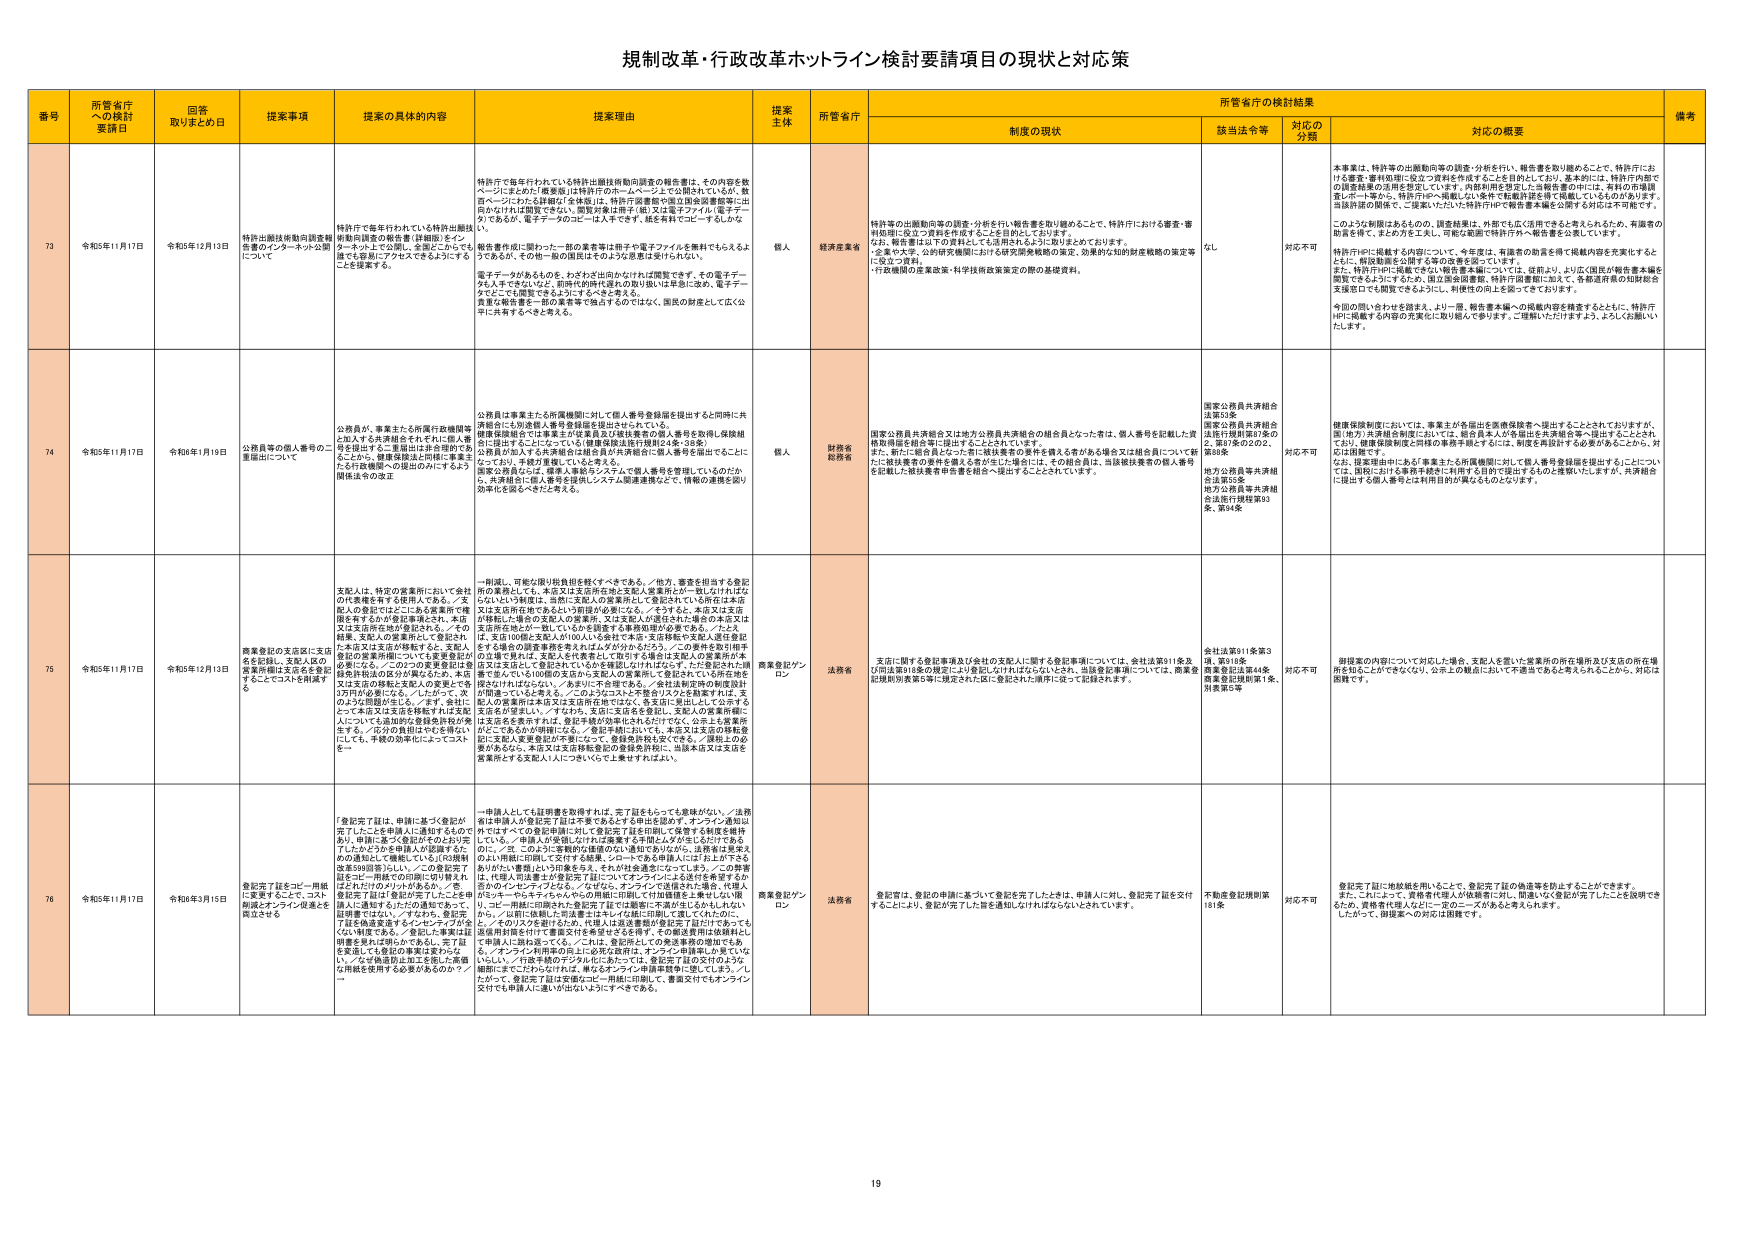
規制改革・行政改革ホットライン検討要請項目の現状と対応策

番号 所管省庁への検討要請日 回答取りまとめ日 提案事項 提案の具体的内容 提案理由 提案主体 所管省庁 所管省庁の検討結果 備考
制度の現状 該当法令等 対応の分類 対応の概要

73 令和5年11月17日 令和5年12月13日 特許出願技術動向調査報告書のインターネット公開について 特許庁で毎年行われている特許出願技術動向調査の報告書は、その内容を数ページにまとめた「概要版」は特許庁ホームページ上で公開されているが、数百ページにわたる詳細版「全体版」は、特許庁図書館や国立国会図書館等に出版かなければ閲覧できない。閲覧対象は電子（紙）又は電子ファイル（電子データ）であるが、電子データのコピーは入手できず、紙を所有コピーするしかなく、報告書作成に関わった一部の業者等は冊子や電子ファイルを無料でもらえるようであるが、その他の一般の国民はそのような恩恵は受けられない。 電子データがあるものと、わざわざ出向かなければ閲覧できず、その電子データも入手できないなど、即時性的提供（誰もが即日使い出せる）に欠け、電子データとしての閲覧できるようにすべきである。 産業技術総合研究所の報告書を電子版だけでなく、図表の解説として紙で公表に共有するべきである。 個人 経済産業省 特許等の出願動向等の調査・分析を行い報告書を取り纏めることで、特許庁における審査・審判処理に役立つ資料を作成することを目的としております。 なお、報告書は以下の資料として活用されるように取りまとめております。 ・企業や大学、公的研究機関における研究開発戦略の策定、効果的な知的財産戦略の策定等に役立つ資料。 ・行政機関の産業政策・科学技術政策策定の際の基礎資料。 なし 対応不可 本事業は、特許等の出願動向等の調査・分析を行い、報告書を取り纏めることで、特許庁における審査・審判処理に役立つ資料を作成することを目的としており、基本的には、特許庁内部での情報共有の活用を想定しています。特許利用を想定した情報発信の中には、無料の市場調査レポート等から、特許庁HPへ掲載しない案件で転載許諾を得て掲載しているものがあります。当該内部の関係で、「ご提案いただいた特許庁HPで報告書本編を公開する対応は不可能です。 このような制度はあるものの、調査結果は、外部でも広く活用できると考えられるため、有識者の助言を得て、またの方を工夫し、可能な範囲で特許庁HPへ報告書を公開しています。 特許庁HPに掲載する内容について、今年度は、有識者の助言を得て掲載内容を充実化するとともに、解説動画を公開する等の改善を図っています。 また、特許庁HPに掲載できない報告書本編については、従前より、より広く国民が報告書本編を閲覧できるようにするため、国立国会図書館、特許庁図書館に加えて、各都道府県の知財総合支援窓口でも閲覧できるようにし、利便性の向上を図っております。 今回の問い合わせを踏まえ、より一層、報告書本編への掲載内容を精査するとともに、特許庁HPに掲載する内容の充実化に取り組んで参ります。ご理解いただけますよう、よろしくお願いいたします。

74 令和5年11月17日 令和6年1月19日 公務員等の個人番号の二重提出について 公務員が、事業主たる所属機関に対し個人番号登録届を提出すると同時に共済組合にも別途個人番号登録届を提出されている。 健康保険組合では事業主が従業員及び被扶養者の個人番号を取得し保険組合に提出するようにしている（健康保険法施行規則24条・38条）。 公務員が加入する共済組合は総務省が共済組合に個人番号を提出することに なっており、手続が重複していると考える。 国家公務員の二重提出のみに至るよう関係法令の改正 個人 財務省 総務省 国家公務員共済組合又は地方公務員共済組合の組合員となった者は、個人番号を記載した資格取得届を組合に提出することとされています。 また、新たに組合員となった際に被扶養者の要件を備える者がある場合は又は組合員について新 たに被扶養者の要件を備える者が生じた場合には、その組合員は、当該被扶養者の個人番号を記載した被扶養者申告書を組合へ提出することとなっています。 国家公務員共済組合法第3条 国家公務員共済組合 法施行規則第7条の2、第7条の2の2、 第8条 地方公務員等共済組合法第25条 地方公務員等共済組合法施行規則第93条、第94条 対応不可 健康保険制度においては、事業主が各届出を医療保険者へ提出することとされておりますが、国（地方）共済組合制度においては、組合員本人が各届出を共済組合等へ提出することとされており、健康保険制度と同様の事務手続を行うことは、制度を再設計する必要があることから、対応は困難です。 なお、健康保険にあたる事業主たる所属機関に対して個人番号登録届を提出するということについては、既知における事務手続等に利用する目的で提出するものと理解いたしますが、共済組合に提出する個人番号とは利用目的が異なるものとなります。

75 令和5年11月17日 令和5年12月13日 商業登記の支店届に支店名を記載し、支配人及び商業所権は支店名を登記することにつきも明確する 支配人は、特定の営業所において会社の代表権を有する使用人である。／支配人の登記ではどこにある営業所で権限を有するかが登記事項とされ、本店又は支店所在地が登記される。／その結果、支配人の営業所として登記され た本店又は支店が移転すると、支配人の登記の営業所欄についても変更登記が必須になる。／この2つの営業所記号登録番号検索の区別が曖昧なため、本店又は支店の移転と支配人の変更とで号 1万円が必要になる。／したがって、次のような問題が生じる。／まず、会社にとって本店又は支店を移転すれば支店 人については追加的な登録免許税が発生する。／②③の負担はやむを得ない にしても、手続の効率化によってコストを一 一削減し、可能な限り税負担を軽くすべきである。／他方、事業を担当する登記 所の業務としても、本店又は支店所在地と支配人営業所との一致しなければならないという制限は、当然に支配人の営業所として登記されている所在地と本店又は支店所在地であるという前提が必要になる。／そうすると、本店又は支店 が移転し、場合の支配人の営業所、又は支配人が退任された場合の本店又は 支店所在地とが一致しているかを調査する事務処理が必要である。／したが え、支店100個と支配人が100人を有する企業で、本店移転で支配人退任登記 をする場合の調査事務を考えればかなりかかるだろう。／この事務を登記所事 の立場で見れば、支配人を代表者として登引する場合は支配人の営業所が本 店又は支店として登記されているかを確認しなければならず、ただ登記された場 所で登録している100個の支店から支配人の営業所として登記されている所在地を 確認されればならない。／あまりに不合理的であり、／会社法制定時の制度設計 が間違っているとも言える。／このようにコストと手数のリスクを勘案すれば、支 配人の営業所は本店又は支店所在地ではなく、各支店に委託して公示する 形式が合理的。／／それから、支店に支店名を登記し、支配人の営業所欄に は支店名を登記すれば、登記手続が効率化されるだけでなく、公示上も営業所 がどこであるかが明確になる。／登記手続においても、本店又は支店の移転登 記に支配人変更登記が不要になって、登録免許税も安くなる。／課税上の必 要があるから、本店又は支店移転登記の登録免許税に、当該本店又は支店を 営業所とする支配人1人についても上乗せすればよい。 商業登記ワン ロン 法務省 支店に関する登記事項及び会社の支配人に関する登記事項については、会社法第911条及び同法第918条の規定により登記しなければならないとされ、当該登記事項については、商業登記規則別表第2等に規定された区分を記された場所に従って登録されます。 会社法第911条第3項、第918条 商業登記法第48条 商業登記規則第1条、 別表第5等 対応不可 御提案の内容について対応した場合、支配人を置いた営業所の所在地所及び支店の所在地を知ることができなくなり、公示上の観点において不適当であると考えられるため、対応は困難です。

76 令和5年11月17日 令和6年3月15日 登記完了証をコピー用紙に変更することで、コスト削減とオンライン促進とを両立させる 「登記完了証は、申請に基づく登記が完了したことを申請人に通知するものであり、申請に基づく登記がそのように完了したかどうかを申請人が認識するための通知として機能している（公示規則第599回等）」。この登記完了証をコピー用紙での印刷に切り替えればこれだけのメリットがあるか。／登記完了証は「登記が完了したことを申請人に通知する」ことの通知手段であって、証明書ではない。／すなわち、登記完了証を紙を変更するというアプローチが ない。／なぜ偽造防止加工を施した裏紙を用紙を使用する必要があるのか？／ 一 申請人として証明書を取得すれば、完了証をもらっても意味がない。／法務省は申請人が登記完了証は不要であるとする申出を認めず、オンライン通知以外ではすべての登記申請に対して登記完了証を印刷して保管する制度を維持している。／申請人が希望しなければ廃棄する手間と人が手にさわって作るのに、／且、このように客観的な価値のない通知であるために、法務省は東京支店1件毎に印刷して交付する結果、ショートカット申込人にコストを上乗せする ありがたい書類」という印象を与え、それが社会通念になっている。／この弊害は、代理人司法書士が登記完了証についてオンラインによる送付を希望するが、自分のインセンティブとなる。／なぜなら、オンラインで送信された場合、代理人のショートカットもちゃんとその分用紙に印刷して付加価値を上乗せしない限り、コピー用紙に印刷された場合は電子化で記載物が不要になるかもしれないから。／以前に依頼した司法書士はなぜ心配に印刷して渡していただかに、 した。そのリスクを避けたい。／以上は法務省が登記完了証について、これを返信用封筒を付けて書面交付を希望させるを得ず、その郵送費用は依頼者として申請人に勘定送っている。／これは、登記完了にの郵送費用の増加でもある。／オンライン利用の向上に必要な取付け、オンライン利用者に必要でない。／行政手続のデジタル化にあたっては、登記完了証の交付のような細部にまでこだわらなければ、単なるオンライン申請環境を整えてしまう。／したがって、登記完了証は安価なコピー用紙に印刷して、事務交付でもオンライン交付でも申請人に速いが出ないようにすべきである。 商業登記ワン ロン 法務省 登記官は、登記の申請に基づいて登記を完了したときは、申請人に対し、登記完了証を交付することにより、登記が完了した旨を通知しなければならないとされています。 不動産登記規則第181条 対応不可 登記完了証に地紙紙を用いることで、登記完了証の偽造等を防止することができます。 また、これによって、資格者代理人が依頼者に対し、間違いなく登記が完了したことを説明できるため、資格者は個人などに一定のニーズがあると考えられます。 したがって、御提案への対応は困難です。

19